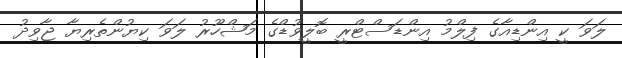
ލަވަ ކީ އިންޑިއާގެ ފިލްމު އިންޑަސްޓްރީ ބޮލީވުޑްގެ މަޝްހޫރު ލަވަ ކިޔުންތެރިޔާ ޖާވިދު